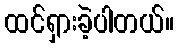
ထင်ရှားခဲ့ပါတယ်။